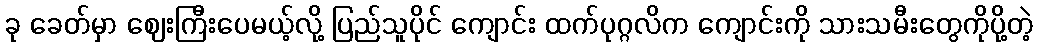
ခု ခေတ်မှာ ဈေးကြီးပေမယ့်လို့ ပြည်သူပိုင် ကျောင်း ထက်ပုဂ္ဂလိက ကျောင်းကို သားသမီးတွေကိုပို့တဲ့